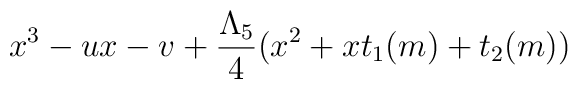
x^3-ux-v+{\Lambda_5\over4}(x^2+xt_1(m)+t_2(m))